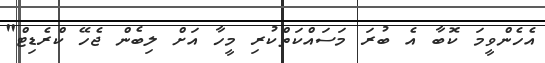
އެހެންވީމަ ކޮބާ އެ ބުރަ މަސައްކަތްކުރި މީހާ އަށް ލިބެން ޖެހޭ ކްރެޑިޓް"